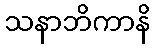
သနာဘိကာနိ